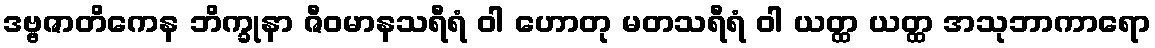
ဒဗ္ဗဇာတိကေန ဘိက္ခုနာ ဇီဝမာနသရီရံ ဝါ ဟောတု မတသရီရံ ဝါ ယတ္ထ ယတ္ထ အသုဘာကာရော